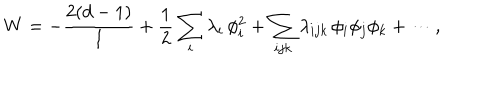
W = - \frac { 2 ( d - 1 ) } { l } + { \frac { 1 } { 2 } } \sum _ { i } \lambda _ { i } \, \phi _ { i } ^ { 2 } + \sum _ { i j k } \lambda _ { i j k } \, \phi _ { i } \phi _ { j } \phi _ { k } + \cdots ,